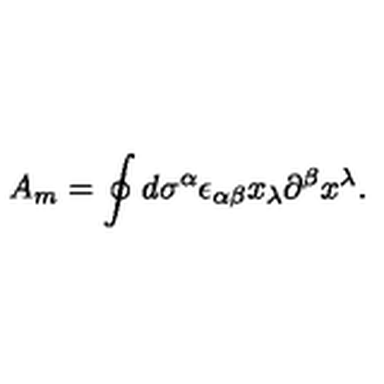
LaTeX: A _ { m } = \oint d \sigma ^ { \alpha } \epsilon _ { \alpha \beta } x _ { \lambda } \partial ^ { \beta } x ^ { \lambda } .